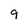
Character: 9